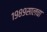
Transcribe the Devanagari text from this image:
१९८९सालचा